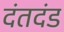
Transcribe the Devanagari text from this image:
दंतदंड